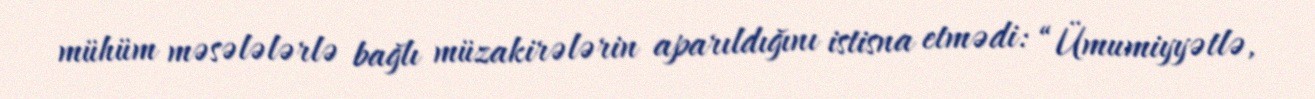
mühüm məsələlərlə bağlı müzakirələrin aparıldığını istisna etmədi: “Ümumiyyətlə,